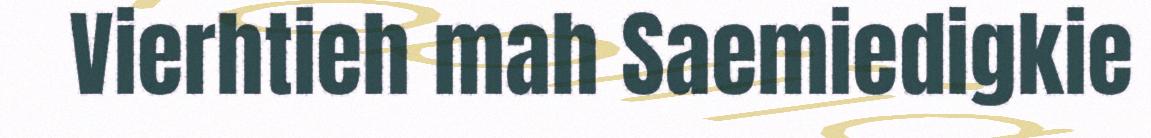
Vierhtieh mah Saemiedigkie